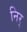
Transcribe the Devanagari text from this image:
निर्